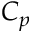
C _ { p }